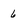
Character: 6